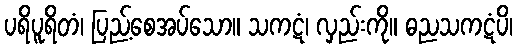
ပရိပူရိတံ၊ ပြည့်စေအပ်သော။ သကဋံ၊ လှည်းကို။ ဓညသကဋံပိ၊